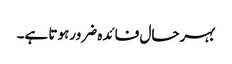
بہرحال فائدہ ضرورہوتا ہے۔